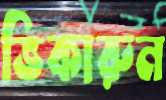
ভিকারুন